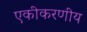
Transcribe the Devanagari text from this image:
एकीकरणीय